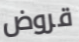
قروض